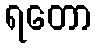
ရတော